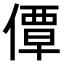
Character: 𫣗